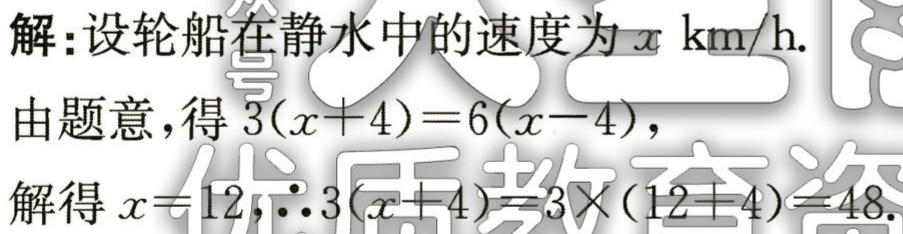
解:设轮船在静水中的速度为\(x\ \text{km/h}.\)
由题意，得\(3(x + 4)=6(x - 4)\)，
解得\(x = 12\)，\(\therefore 3(x + 4)=3\times(12 + 4)=48\).